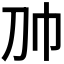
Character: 𰏑